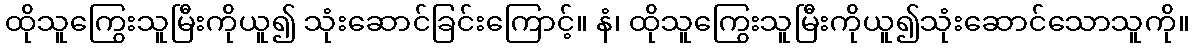
ထိုသူကြွေးသူမြီးကိုယူ၍ သုံးဆောင်ခြင်းကြောင့်။ နံ၊ ထိုသူကြွေးသူမြီးကိုယူ၍သုံးဆောင်သောသူကို။